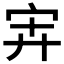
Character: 𰌹